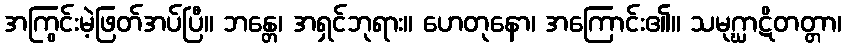
အကြွင်းမဲ့ဖြတ်အပ်ပြီ။ ဘန္တေ၊ အရှင်ဘုရား။ ဟေတုနော၊ အကြောင်း၏။ သမုဂ္ဃာဋိတတ္တာ၊